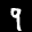
Label: 9